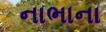
નાભાના